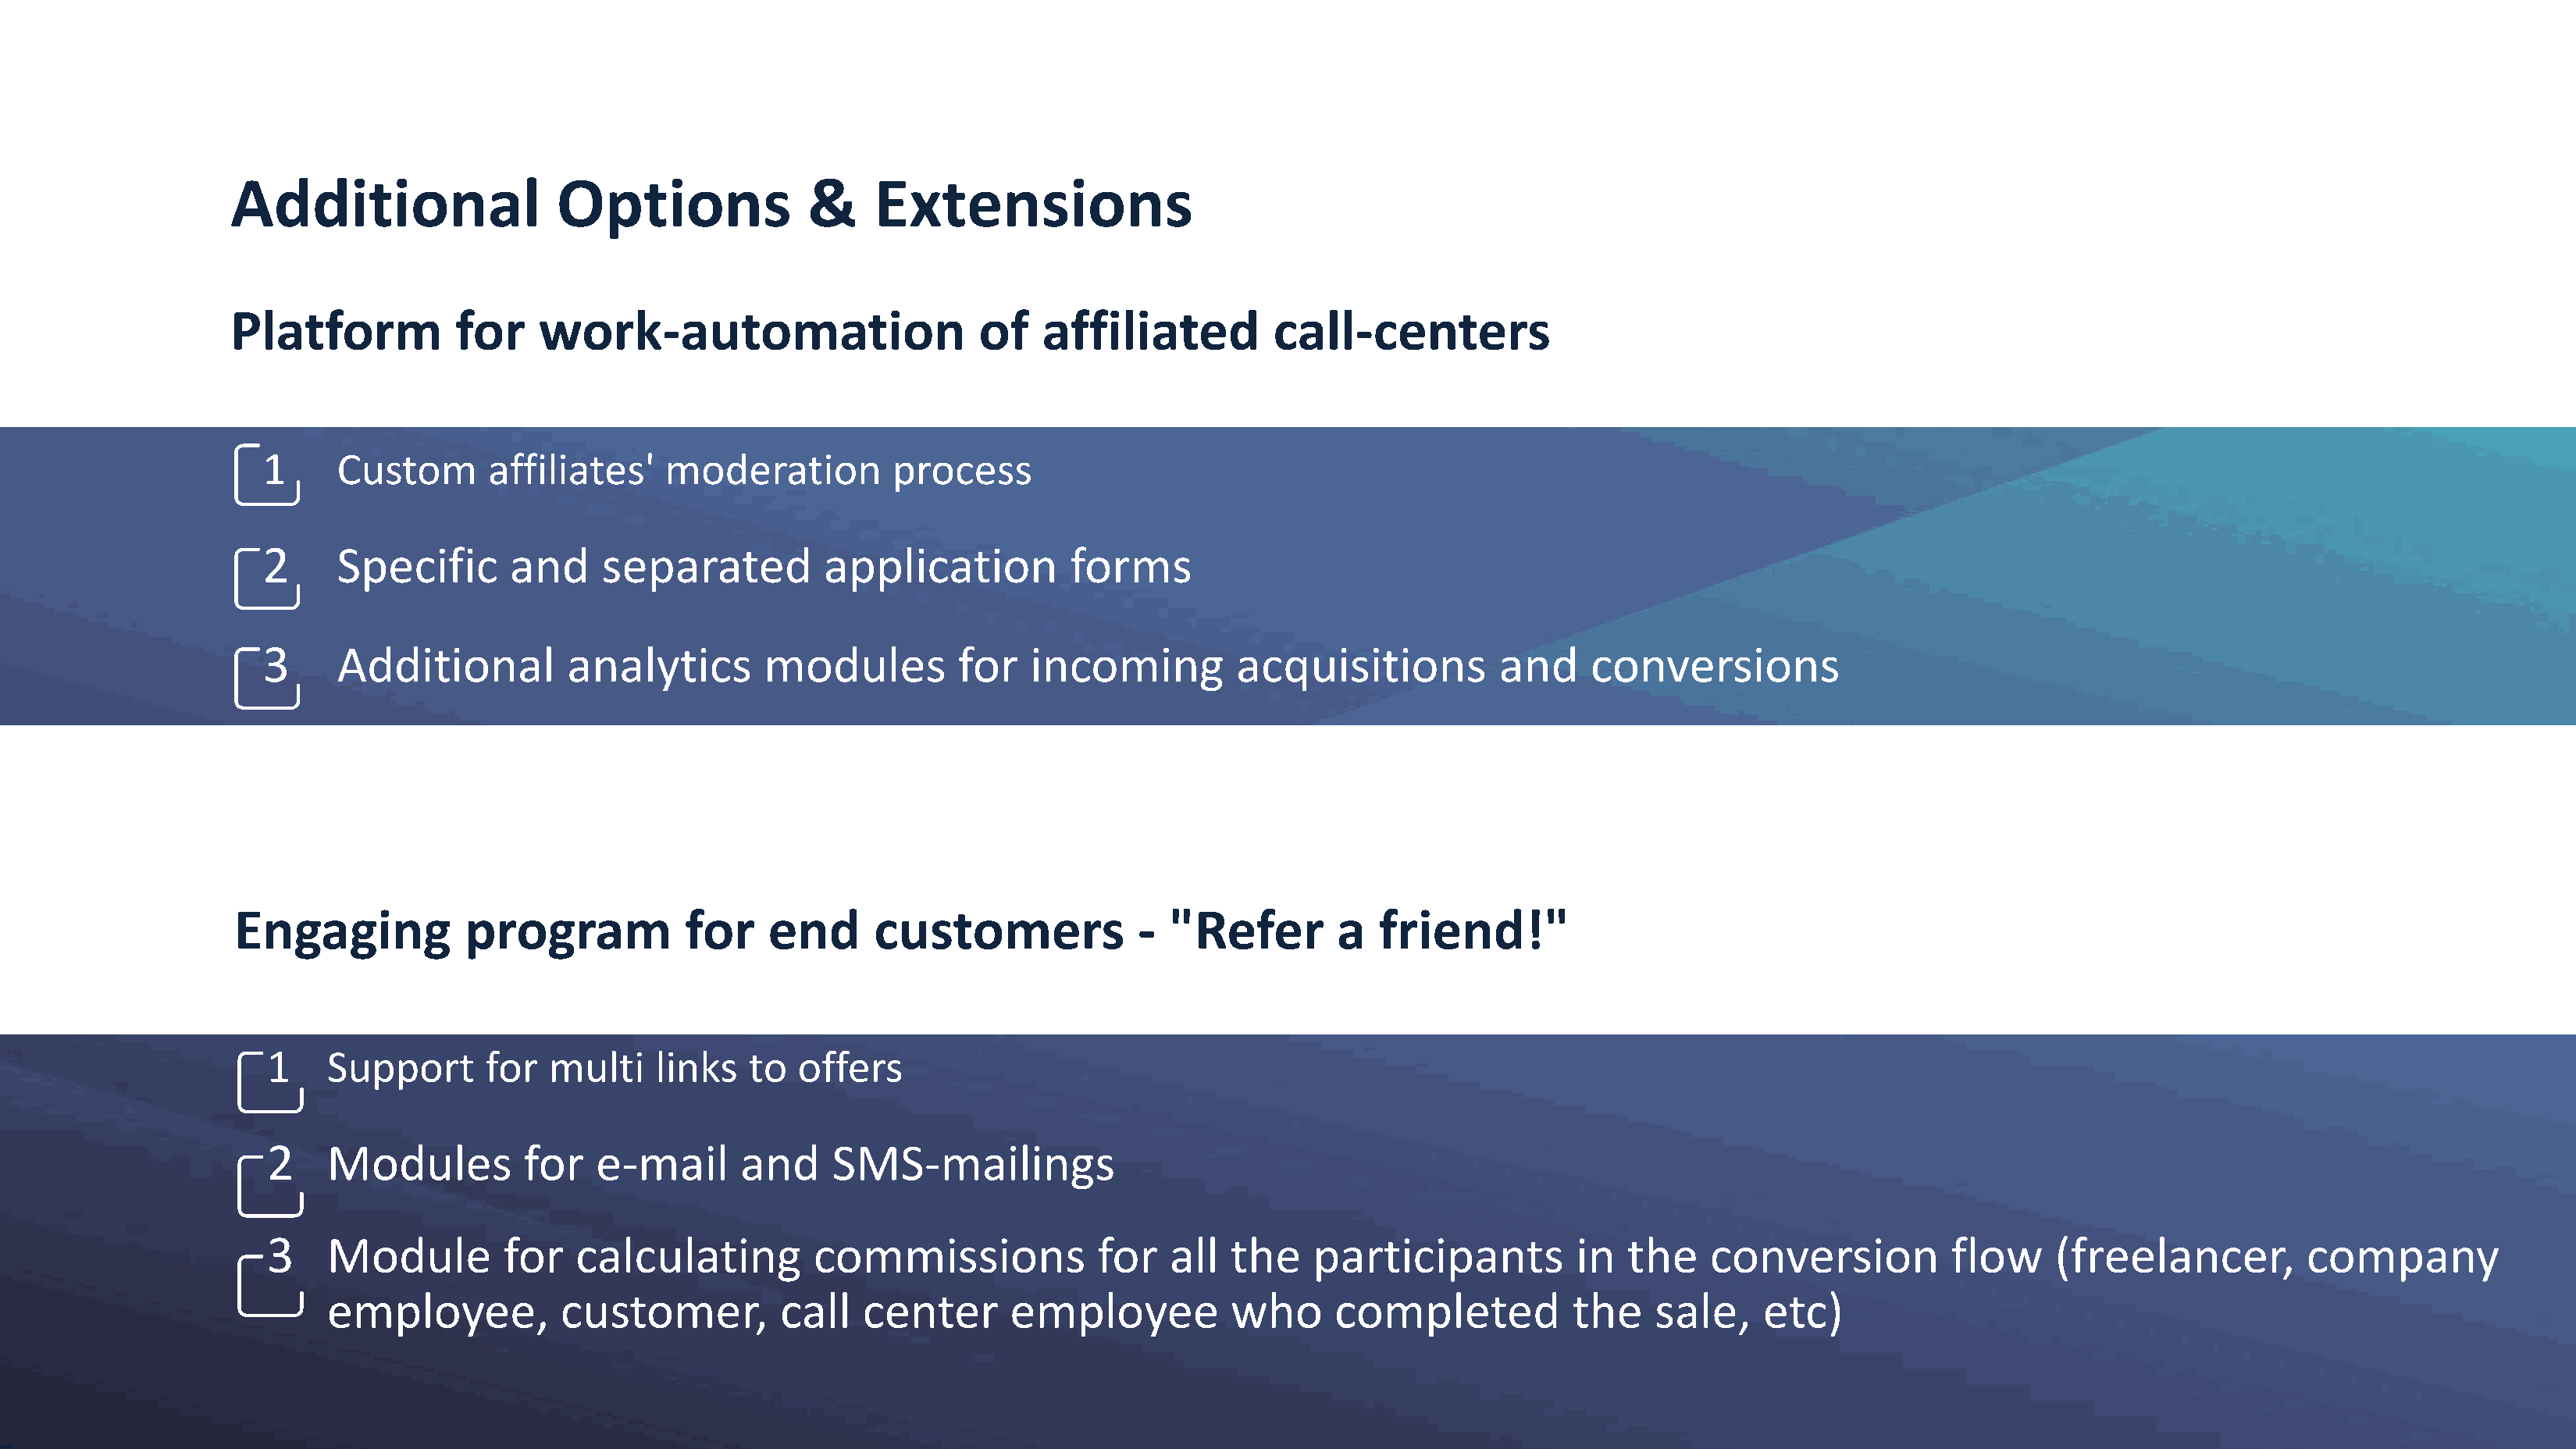
Additional                 Options              &     Extensions
 Platform           for    work-automation                      of   affiliated          call-centers
 1      Custom      affiliates'    moderation          process
 2      Specific      and     separated          application          forms
 3      Additional         analytics        modules         for   incoming          acquisitions          and     conversions
 Engaging           program            for    end      customers             -  "Refer        a   friend!"
 1    Support      for  multi     links  to   offers
 2    Modules         for    e-mail      and     SMS-mailings
 3    Module         for   calculating         commissions             for   all  the    participants           in  the    conversion          flow     (freelancer,          company
 employee,           customer,         call   center       employee          who      completed           the    sale,    etc)